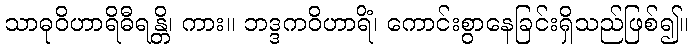
သာဓုဝိဟာရိဓီရန္တိ၊ ကား။ ဘဒ္ဒကဝိဟာရိံ၊ ကောင်းစွာနေခြင်းရှိသည်ဖြစ်၍။